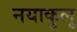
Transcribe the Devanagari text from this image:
नयाकुलू